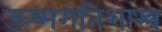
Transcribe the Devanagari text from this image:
ऊष्मगतिशास्त्र